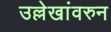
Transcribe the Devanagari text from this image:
उल्लेखांवरुन